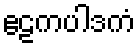
ဧဠကပါဒကံ